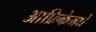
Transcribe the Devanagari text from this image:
आफ्रिकेमधे